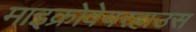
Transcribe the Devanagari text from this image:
माइक्रोवेयरहाउस